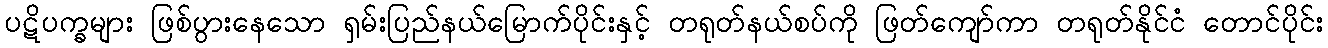
ပဋိပက္ခများ ဖြစ်ပွားနေသော ရှမ်းပြည်နယ်မြောက်ပိုင်းနှင့် တရုတ်နယ်စပ်ကို ဖြတ်ကျော်ကာ တရုတ်နိုင်ငံ တောင်ပိုင်း